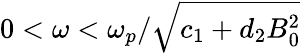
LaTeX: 0<\omega<\omega_{p}/\sqrt{c_{1}+d_{2}B_{0}^{2}}